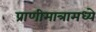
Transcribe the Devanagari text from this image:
प्राणीमात्रामध्ये